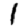
Digit: 1